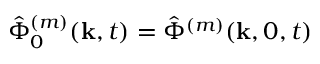
\hat { \Phi } _ { 0 } ^ { ( m ) } ( \mathbf { k } , t ) = \hat { \Phi } ^ { ( m ) } ( \mathbf { k } , 0 , t )